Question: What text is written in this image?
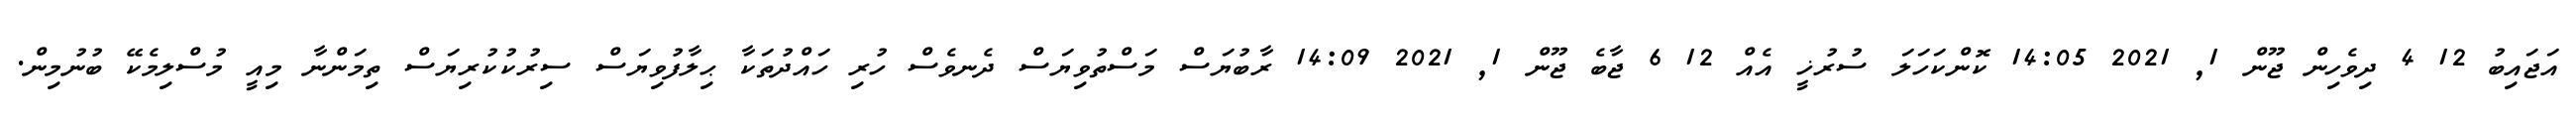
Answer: އަޖައިބު 12 4 ދިވެހިން ޖޫން 1, 2021 14:05 ކޮންކަހަލަ ސުރުޚީ އެއް 12 6 ޖާބެ ޖޫން 1, 2021 14:09 ރާބުޔަސް މަސްތުވިޔަސް ދެނވެސް ހުރި ހައްދުތަކާ ޙިލާފުވިޔަސް ސިރުކުކުރިޔަސް ތިމަންނާ މިއީ މުސްލިމެކޭ ބުނުމިން.